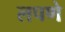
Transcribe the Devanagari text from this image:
लपणे